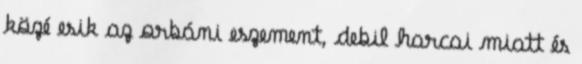
közé esik az orbáni eszement, debil harcai miatt és